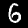
Digit: 6